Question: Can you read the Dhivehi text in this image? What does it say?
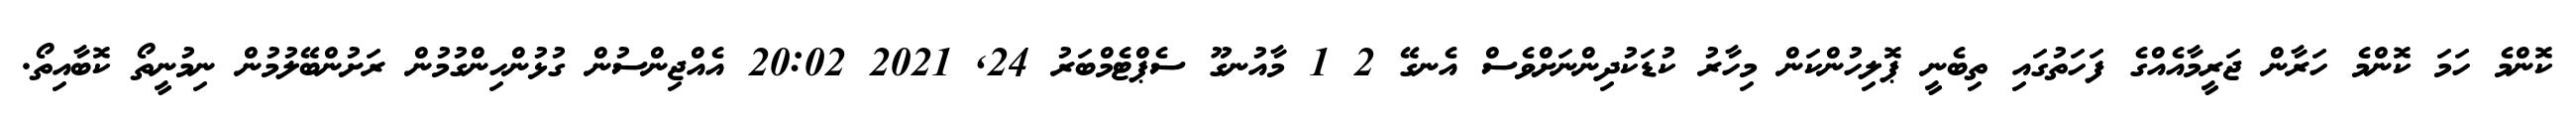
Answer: ކޮންމެ ހަމަ ކޮންމެ ހަރާން ޖަރީމާއެއްގެ ފަހަތުގައި ތިބެނީ ޕޮލިހުންކަން މިހާރު ކުޑަކުދިންނަށްވެސް އެނގޭ 2 1 މާއުނގޫ ސެޕްޓެމްބަރު 24, 2021 20:02 އެއްޖިންސުން ގުޅުންހިންގުމުން ރަށުންބޭލުމުން ނިމުނީތޯ ކޮބާއިތޯ.